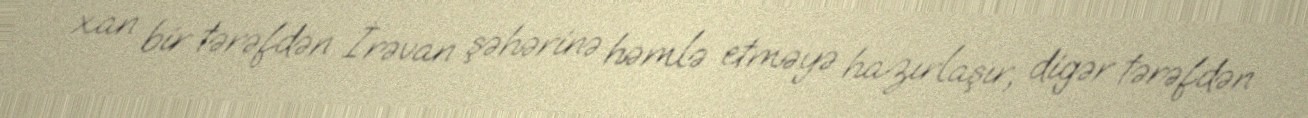
xan bir tərəfdən İrəvan şəhərinə həmlə etməyə hazırlaşır, digər tərəfdən